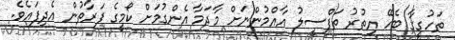
ތަހުގީގާ ބެހޭ އިތުރު ތަފްސީލު އާއްމުންނަށް މާދަމާ އެންގުމަށް ކޯމީގެ ފަރާތުން އެދިފައެވެ.